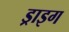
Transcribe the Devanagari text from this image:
ड्राइग